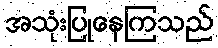
အသုံးပြုနေကြသည်